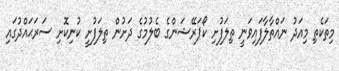
މިތަކެތި މިއަދު ނައްތާލާފައިވަނީ ތިލަފުށި ކޯޕަރޭޝަންގެ ބެލުމުގެ ދަށުން ތިލަފުށީ ކުނިކޮށި ސަރަޙައްދުގައި